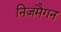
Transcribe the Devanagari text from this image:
निजमैगन